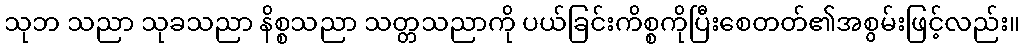
သုဘ သညာ သုခသညာ နိစ္စသညာ သတ္တသညာကို ပယ်ခြင်းကိစ္စကိုပြီးစေတတ်၏အစွမ်းဖြင့်လည်း။